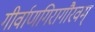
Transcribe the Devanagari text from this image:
गीर्वाणगिरागौरवम्